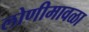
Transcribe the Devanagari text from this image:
लोणीमावळा